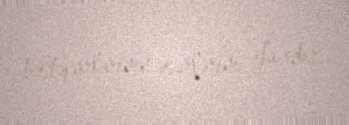
bəstəkarlarının əsərlərini ifa edir.